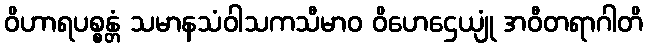
ဝိဟာရပစ္စန္တံ သမာနသံဝါသကသီမာဝ ဝိဟေဌေယျုံ အဝီတရာဂါတိ